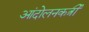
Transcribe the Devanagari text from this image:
आंदोलनकर्त्री